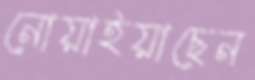
নোয়াইয়াছেন